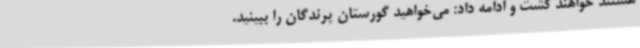
هستند خواهند کشت و ادامه داد: می‌خواهید گورستان پرندگان را ببینید.